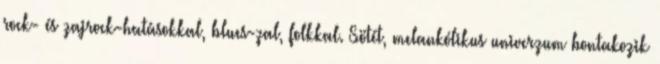
rock- és zajrock-hatásokkal, blues-zal, folkkal. Sötét, melankólikus univerzum bontakozik